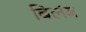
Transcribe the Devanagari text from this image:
बिलंब